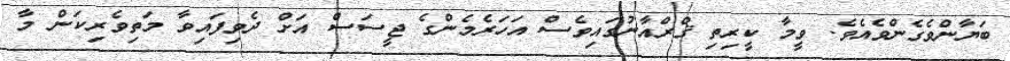
ބަޔާންވެގެންވެއެވެ. ވީމާ ކީރިތި ޤްރްއާނުގައިވެސް އަހަރެމެންގެ ޖީސަސް އަށް ދެވިފައިވާ މަތިވެރިކަން މާ